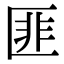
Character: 匪